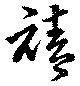
禧